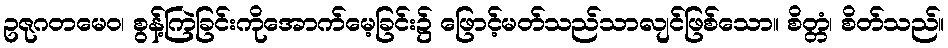
ဥဇုဂတမေဝ၊ စွန့်ကြဲခြင်းကိုအောက်မေ့ခြင်း၌ ဖြောင့်မတ်သည်သာလျင်ဖြစ်သော။ စိတ္တံ၊ စိတ်သည်။